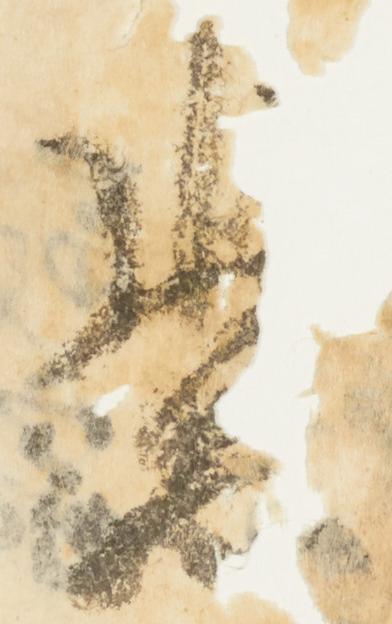
紫